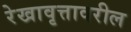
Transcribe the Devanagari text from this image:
रेखावृत्तावरील